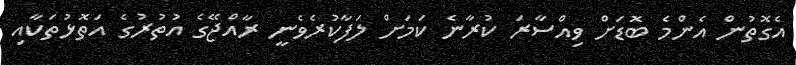
އެގޮތުން އެންމެ ބޮޑަށް ވިއްސާރަ ކުރާނެ ކަމަށް ލަފާކުރެވެނީ ރާއްޖޭގެ އުތުރުގެ އަތޮޅުތަކާއި